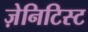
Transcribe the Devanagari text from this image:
ज़ेनिटिस्ट